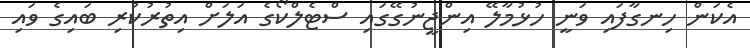
އެކަން ހިނގާފައި ވަނީ ހުޅުމާލޭ އިންޖީނުގޭގައި ސްޓެލްކޯގެ އަލަށް އިތުރުކުރި ބައިގެ ވައި